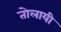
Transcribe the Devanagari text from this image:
तोलायी